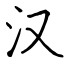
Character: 汉